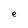
Character: e